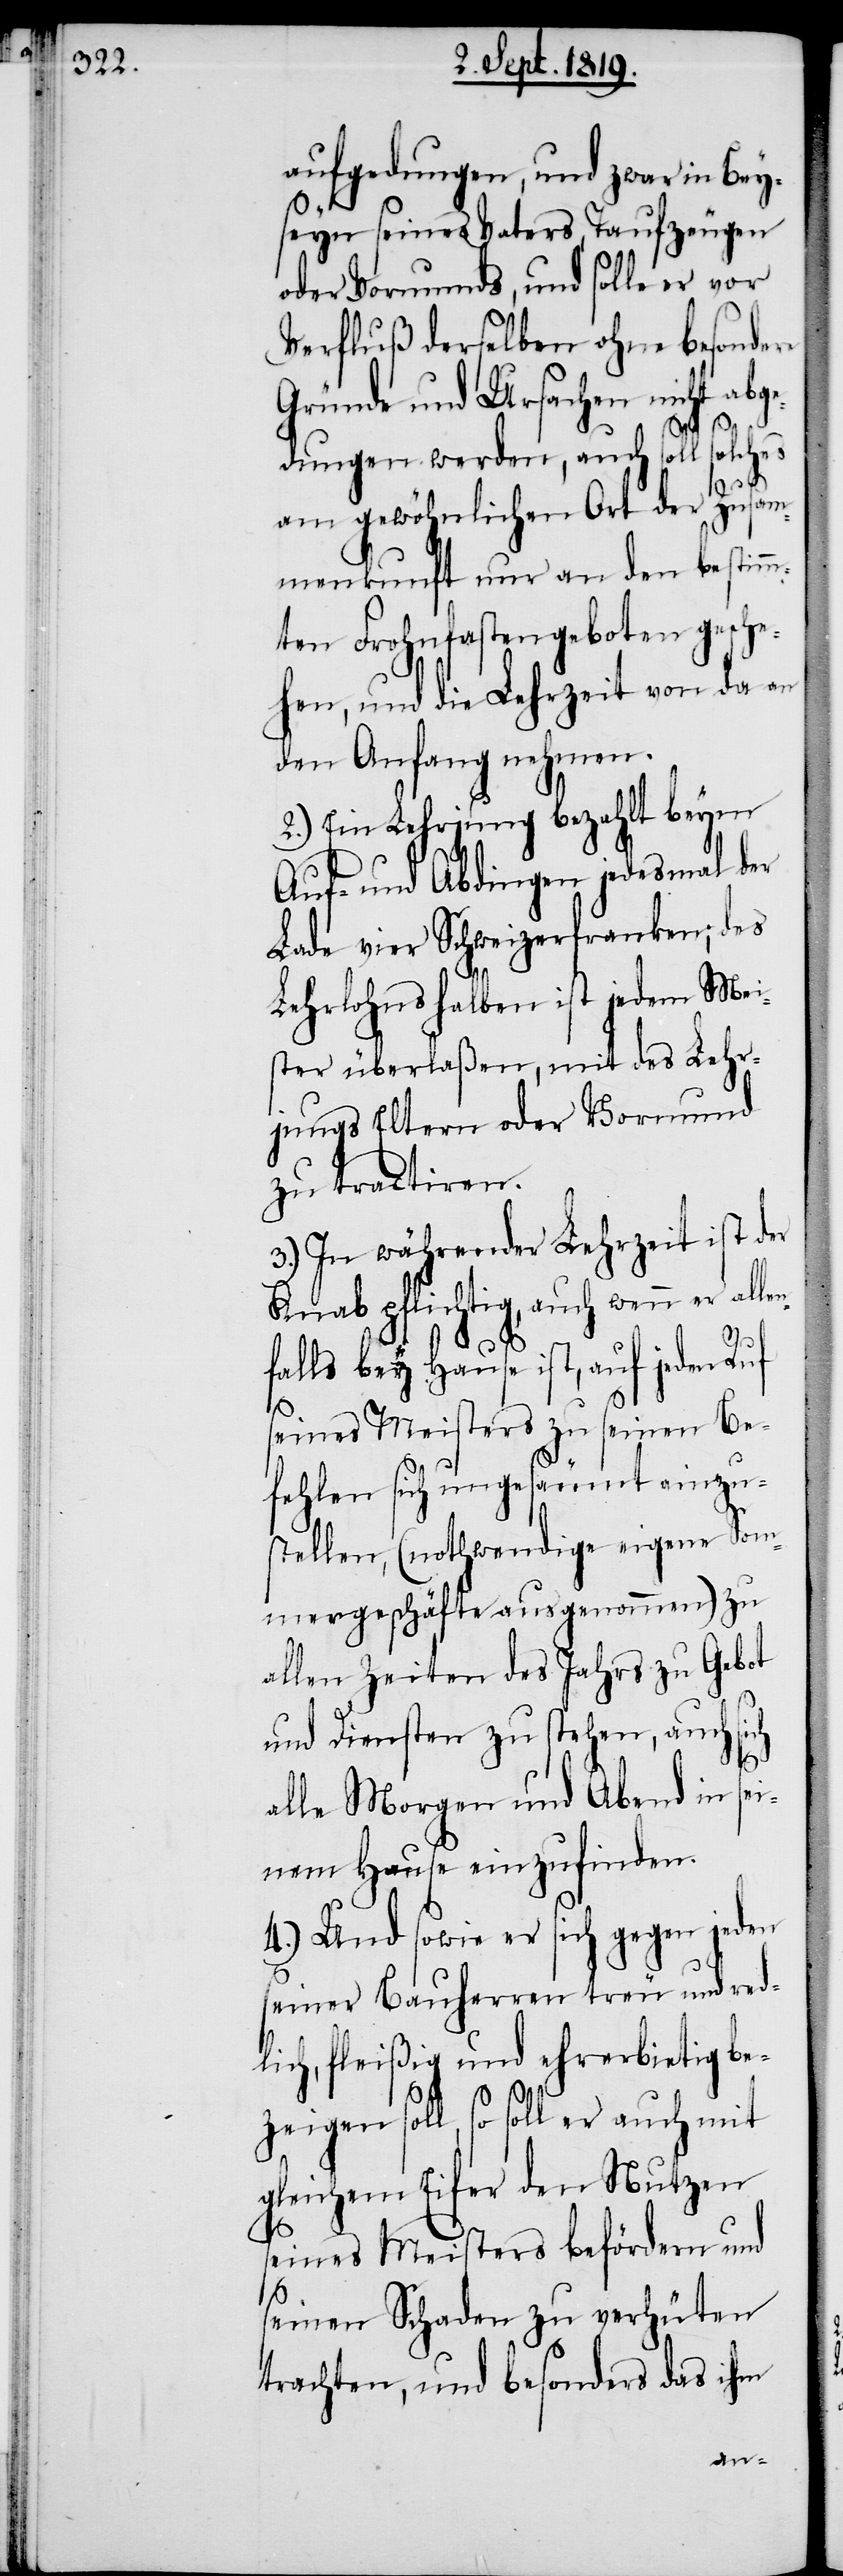
aufgedungen, und zwar in Bey¬
seyn seines Vater, Taufzeugen
oder Vormunds, und solle er vor
Verfluß derselben ohne besondere
Gründe und Ursachen nicht abge¬
dungen werden, auch soll solches
am gewöhnlichen Ort der Zusam¬
menkunft nur an den bestimm¬
ten Frohnfastengeboten gesche¬
hen, und die Lehrzeit von da an
den Anfang nehmen.
2.) Ein Lehrjung bezahlt beym
Auf- und Abdingen jedesmal der
Lade vier Schweizerfranken; des
Lehrlohns halben ist jedem Mei¬
ster überlaßen, mit des Lehr¬
jungs Eltern oder Vormund
zu tractiren.
3.) In währender Lehrzeit ist der
Knab pflichtig, auch wenn er all¬
falls bey Hause ist, auf jeden Ruf
seines Meisters zu seinen Be¬
fehlen sich ungesäumt einzu¬
stellen, (nothwendige eigene Som¬
mergeschäfte ausgenommen) zu
allen Zeiten des Jahrs zu Gebot
und Diensten zu stehen, auch sich
alle Morgen und Abend in sei¬
nem Hause einzufinden.
4.) Und sowie er sich gegen jeden
seiner Bauherren treu und red¬
lich, fleißig und ehrerbietig be¬
zeigen soll, so soll er auch mit
gleichem Eifer den Nutzen
seines Meisters befördern und
seinen Schaden zu verhüten
trachten, und besonders das ihm
en¬